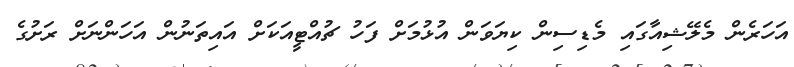
އަހަރެން މެލޭޝިއާގައި މެޑިސިން ކިޔަވަން އުޅުމަށް ފަހު ޗުއްޓީއަކަށް އައިތަނުން އަހަންނަށް ރަށުގެ